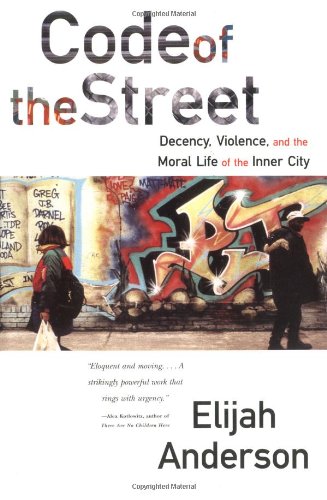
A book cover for Code of the Street: Decency, Violence, and the Moral Life of the Inner City; Elijah Anderson; Politics & Social Sciences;